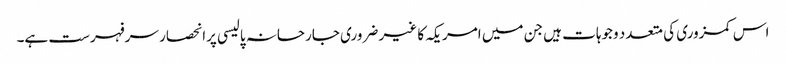
اس کمزوری کی متعدد وجوہات ہیں جن میں امریکہ کا غیر ضروری جارحانہ پالیسی پرانحصار سرفہرست ہے۔